Lunatic asylums in Bengal annual reports 1899-1911 - 1899-1911
Year: 1899
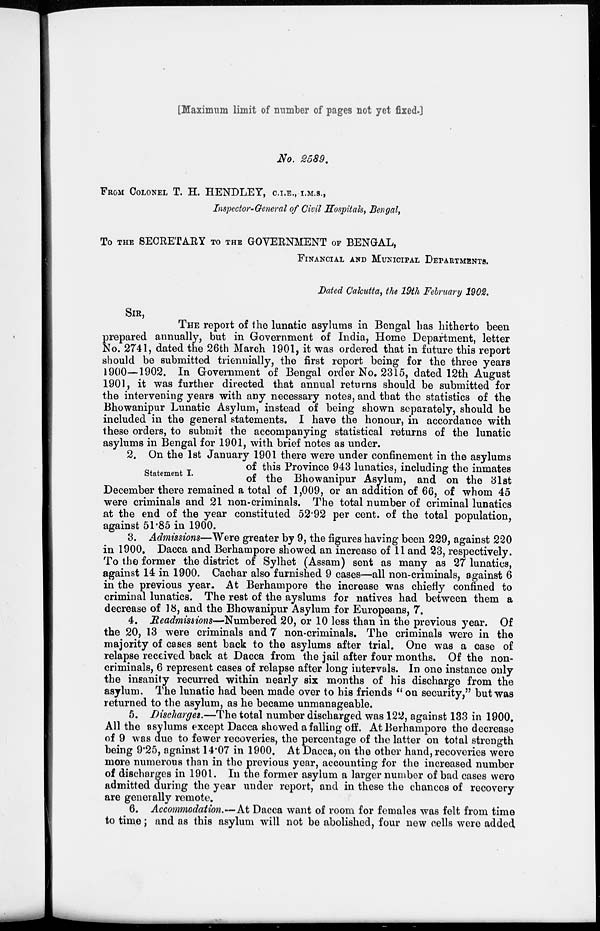
[Maximum limit of number of pages not yet fixed.]
No. 2589.
FROM COLONEL T. H. HENDLEY, C.I.E., I.M.S.,
Inspector-General of Civil Hospitals, Bengal,
To THE SECRETARY TO THE GOVERNMENT OF BENGAL,
FINANCIAL AND MUNICIPAL DEPARTMENTS.
Dated Calcutta, the 19th February 1902.
SIR,
THE report of the lunatic asylums in Bengal has hitherto been
prepared annually, but in Government of India, Home Department, letter
No. 2741, dated the 26th March 1901, it was ordered that in future this report
should be submitted triennially, the first report being for the three years
1900—1902. In Government of Bengal order No. 2315, dated 12th August
1901, it was further directed that annual returns should be submitted for
the intervening years with any necessary notes, and that the statistics of the
Bhowanipur Lunatic Asylum, instead of being shown separately, should be
included in the general statements. I have the honour, in accordance with
these orders, to submit the accompanying statistical returns of the lunatic
asylums in Bengal for 1901, with brief notes as under.
Statement I.
2. On the 1st January 1901 there were under confinement in the asylums
of this Province 943 lunatics, including the inmates
of the Bhowanipur Asylum, and on the 31st
December there remained a total of 1,009, or an addition of 66, of whom 45
were criminals and 21 non-criminals. The total number of criminal lunatics
at the end of the year constituted 52.92 per cent. of the total population,
against 51.85 in 1900.
3. Admissions—Were greater by 9, the figures having been 229, against 220
in 1900. Dacca and Berhampore showed an increase of 11 and 23, respectively.
To the former the district of Sylhet (Assam) sent as many as 27 lunatics,
against 14 in 1900. Cachar also furnished 9 cases—all non-criminals, against 6
in the previous year. At Berhampore the increase was chiefly confined to
criminal lunatics. The rest of the ayslums for natives had between them a
decrease of 18, and the Bhowanipur Asylum for Europeans, 7.
4. Readmissions—-Numbered 20, or 10 less than in the previous year. Of
the 20, 13 were criminals and 7 non-criminals. The criminals were in the
majority of cases sent back to the asylums after trial. One was a case of
relapse received back at Dacca from the jail after four months. Of the non-
criminals, 6 represent cases of relapse after long intervals. In one instance only
the insanity recurred within nearly six months of his discharge from the
asylum. The lunatic had been made over to his friends " on security," but was
returned to the asylum, as he became unmanageable.
5. Discharges.—The total number discharged was 122, against 133 in 1900.
All the asylums except Dacca showed a falling off. At Berhampore the decrease
of 9 was due to fewer recoveries, the percentage of the latter on total strength
being 9.25, against 14.07 in 1900. At Dacca, on the other hand, recoveries were
more numerous than in the previous year, accounting for the increased number
of discharges in 1901. In the former asylum a larger number of bad cases were
admitted during the year under report, and in these the chances of recovery
are generally remote.
6. Accommodation.-— At Dacca want of room for females was felt from time
to time; and as this asylum will not be abolished, four new cells were added